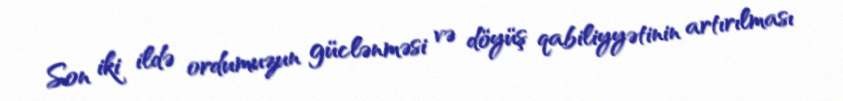
Son iki ildə ordumuzun güclənməsi və döyüş qabiliyyətinin artırılması